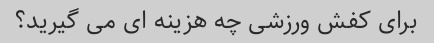
برای کفش ورزشی چه هزینه ای می گیرید؟